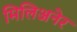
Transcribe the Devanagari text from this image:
मिलिअनेर